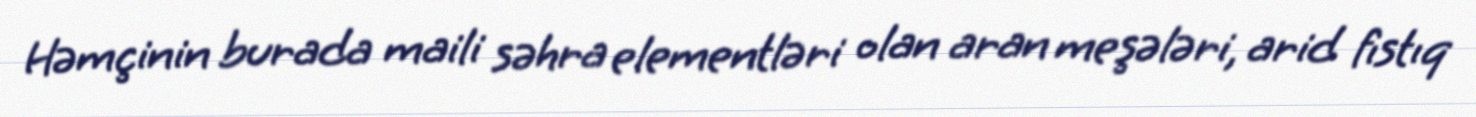
Həmçinin burada maili səhra elementləri olan aran meşələri, arid fıstıq